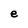
Character: e